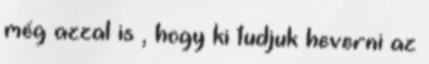
még azzal is , hogy ki tudjuk heverni az